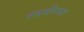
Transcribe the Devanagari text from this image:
तहसीलदर